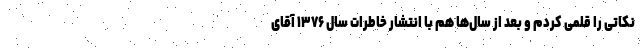
نکاتی را قلمی کردم و بعد از سال‌ها هم با انتشار خاطرات سال ۱۳۷۶ آقای